Treatise on elephants
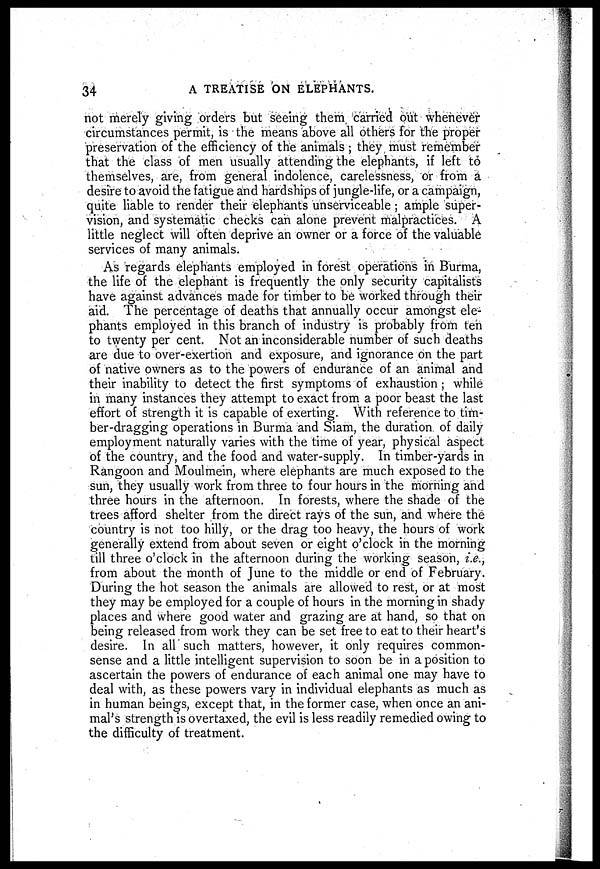
34
A TREATISE ON ELEPHANTS.
not merely giving orders but seeing them carried out whenever
circumstances permit, is the means above all others for the proper
preservation of the efficiency of the animals ; they must remember
that the class of men usually attending the elephants, if left to
themselves, are, from general indolence, carelessness, or from a
desire to avoid the fatigue and hardships of jungle-life, or a campaign,
quite liable to render their elephant's unserviceable; ample super-
vision, and systematic checks can alone prevent malpractices. A
little neglect will often deprive an owner or a force of the valuable
services of many animals.
As regards elephants employed in forest operations in Burma,
the life of the elephant is frequently the only security capitalists
have against advances made for timber to be worked through their
aid. The percentage of deaths that annually occur amongst ele-
phants employed in this branch of industry is probably from ten
to twenty per cent. Not an inconsiderable number of such deaths
are due to over-exertion and exposure, and ignorance on the part
of native owners as to the powers of endurance of an animal and
their inability to detect the first symptoms of exhaustion; while
in many instances they attempt to exact from a poor beast the last
effort of strength it is capable of exerting. With reference to tim-
ber-dragging operations in Burma and Siam, the duration of daily
employment naturally varies with the time of year, physical aspect
of the country, and the food and water-supply. In timber-yards in
Rangoon and Moulmein, where elephants are much exposed to the
sun, they usually work from three to four hours in the morning and
three hours in the afternoon. In forests, where the shade of the
trees afford shelter from the direct rays of the sun, and where the
country is not too hilly, or the drag too heavy, the hours of work
generally extend from about seven or eight o'clock in the morning
till three o'clock in the afternoon during the working season, i.e.,
from about the month of June to the middle or end of February.
During the hot season the animals are allowed to rest, or at most
they may be employed for a couple of hours in the morning in shady
places and where good water and grazing are at hand, so that on
being released from work they can be set free to eat to their heart's
desire. In all such matters, however, it only requires common-
sense and a little intelligent supervision to soon be in a position to
ascertain the powers of endurance of each animal one may have to
deal with, as these powers vary in individual elephants as much as
in human beings, except that, in the former case, when once an ani-
mal's strength is overtaxed, the evil is less readily remedied owing to
the difficulty of treatment.